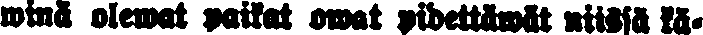
winä olewat paikat owat pidettäwät nissä kä-